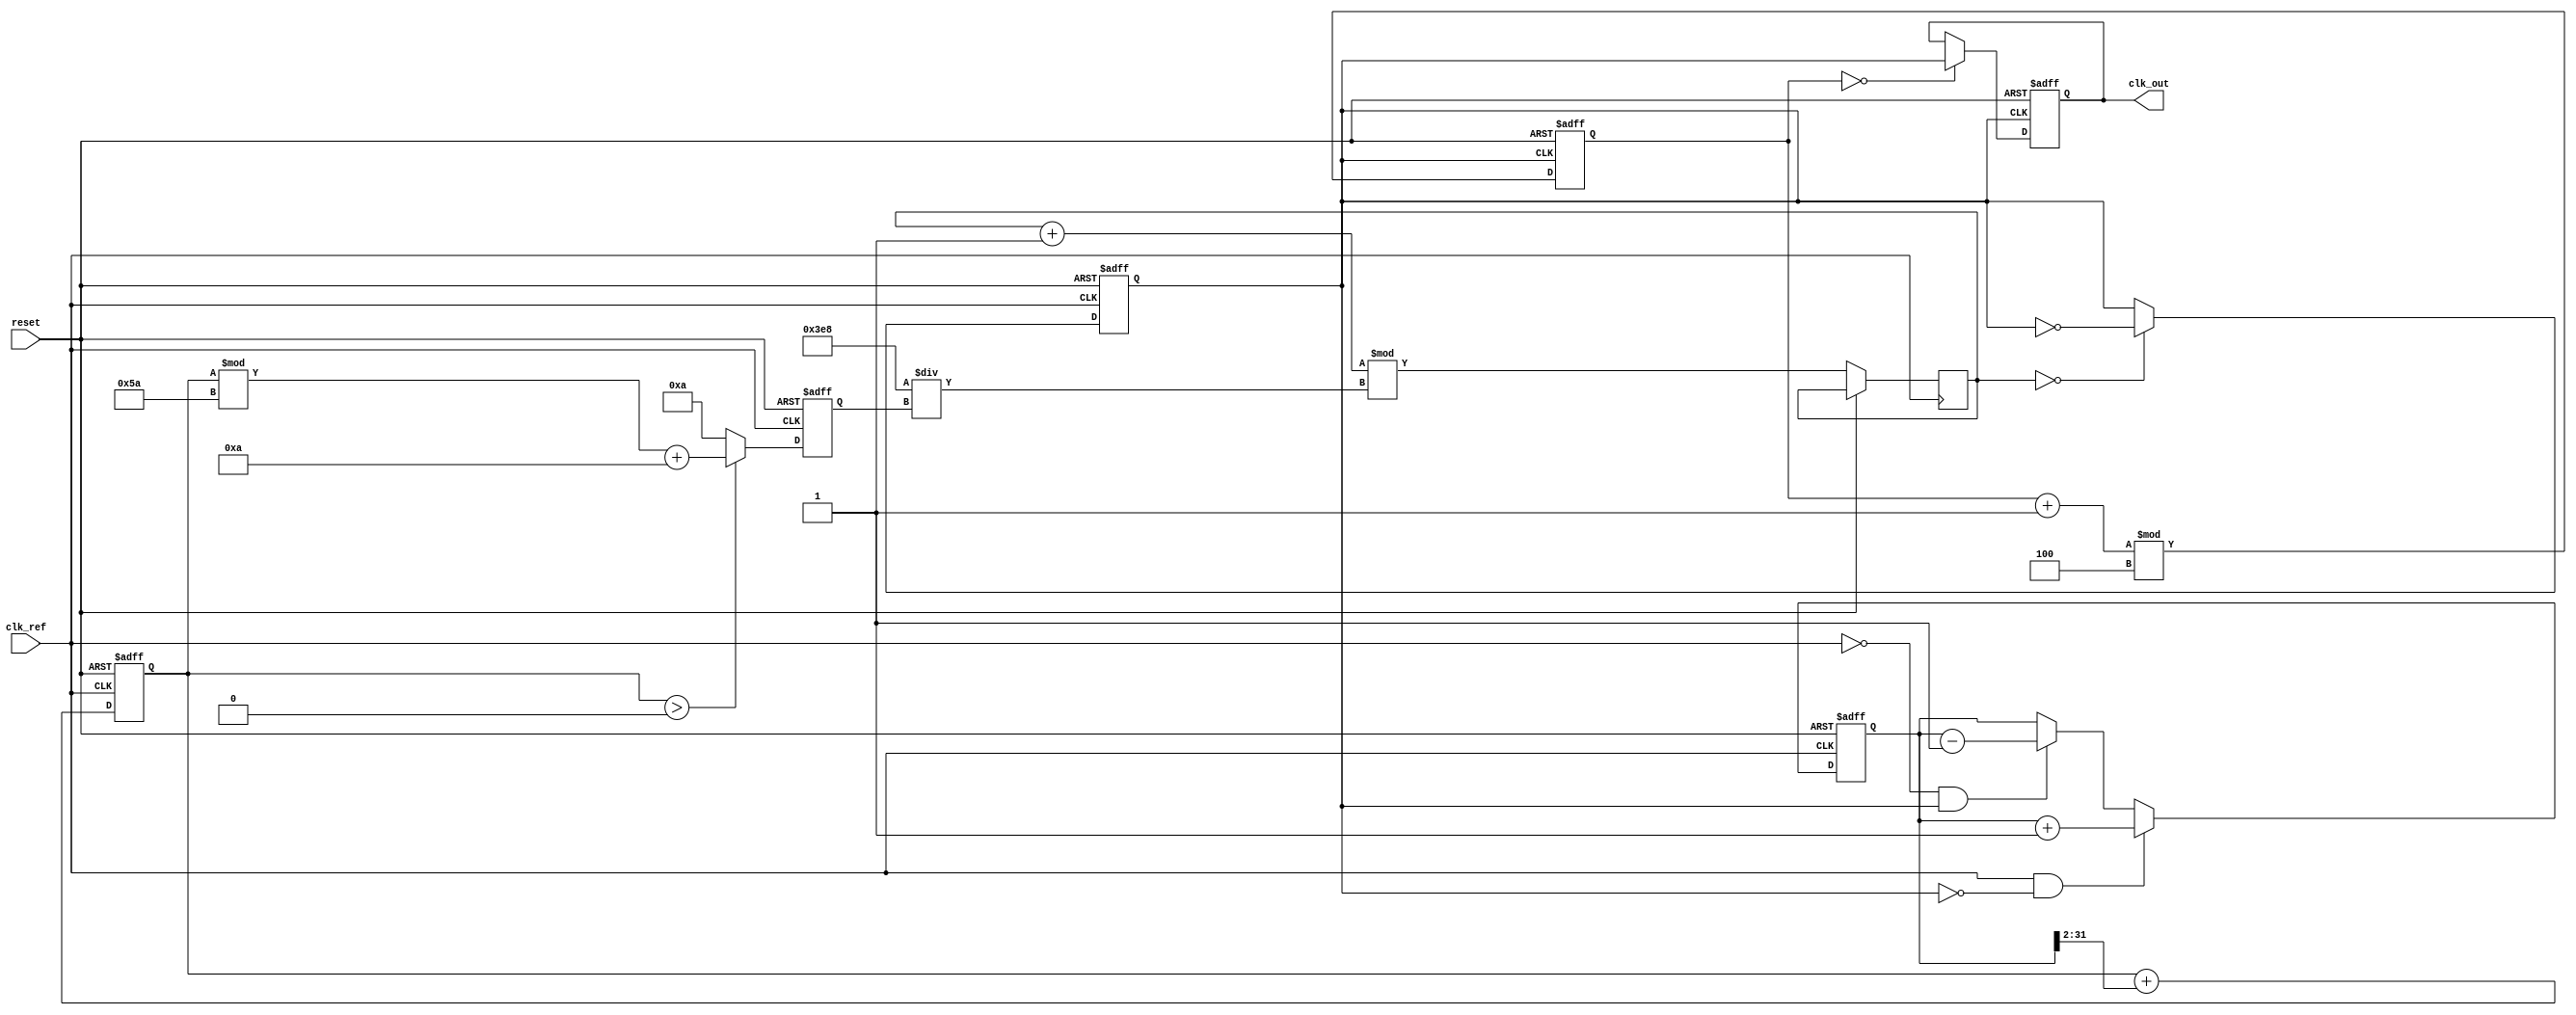
module pll_type1 (
    input wire clk_ref,         // Reference clock input
    input wire reset,           // Reset signal
    output reg clk_out          // Output clock
);

// Parameters
parameter DIV_RATIO = 4;      // Feedback divider ratio
parameter VCO_MAX_FREQ = 100; // Max frequency for VCO
parameter VCO_MIN_FREQ = 10;   // Min frequency for VCO

// Internal signals
reg [31:0] phase_error;        // Phase error signal from PD
reg [31:0] control_voltage;     // Control voltage for VCO
reg [31:0] vco_freq;            // Current frequency of VCO
reg [31:0] vco_counter;         // Counter for VCO output clock
reg clk_vco;                   // VCO output clock
reg [31:0] feedback_counter;    // Counter for feedback divider

// Phase Detector (PD)
always @(posedge clk_ref or posedge reset) begin
    if (reset) begin
        phase_error <= 0;
    end else begin
        // Simple phase detector logic (could be more complex)
        if (clk_ref && !clk_vco) begin
            phase_error <= phase_error + 1; // Phase error increment
        end else if (!clk_ref && clk_vco) begin
            phase_error <= phase_error - 1; // Phase error decrement
        end
    end
end

// Low Pass Filter (LPF)
always @(posedge clk_ref or posedge reset) begin
    if (reset) begin
        control_voltage <= 0;
    end else begin
        // Simple LPF implementation (can be tuned)
        control_voltage <= control_voltage + (phase_error >> 2); // Example smoothing
    end
end

// Voltage-Controlled Oscillator (VCO)
always @(posedge clk_ref or posedge reset) begin
    if (reset) begin
        vco_freq <= VCO_MIN_FREQ; // Start at minimum frequency
        clk_vco <= 0;
    end else begin
        // Adjust VCO frequency based on control voltage
        if (control_voltage > 0) begin
            vco_freq <= (control_voltage % (VCO_MAX_FREQ - VCO_MIN_FREQ)) + VCO_MIN_FREQ;
        end else begin
            vco_freq <= VCO_MIN_FREQ; // Ensure VCO does not go below minimum
        end
        
        // Generate VCO output clock based on vco_freq
        vco_counter <= (vco_counter + 1) % (1000 / vco_freq); // Example scaling
        if (vco_counter == 0) begin
            clk_vco <= ~clk_vco;
        end
    end
end

// Feedback Divider
always @(posedge clk_vco or posedge reset) begin
    if (reset) begin
        feedback_counter <= 0;
        clk_out <= 0;
    end else begin
        feedback_counter <= (feedback_counter + 1) % DIV_RATIO;
        if (feedback_counter == 0) begin
            clk_out <= clk_vco; // Output clock is the divided VCO clock
        end
    end
end

endmodule